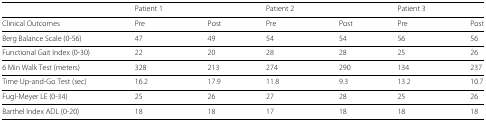
<table><thead><tr><td></td><td><b>Patient 1</b></td><td></td><td><b>Patient 2</b></td><td></td><td><b>Patient 3</b></td><td></td></tr></thead><tbody><tr><td>Clinical Outcomes</td><td>Pre</td><td>Post</td><td>Pre</td><td>Post</td><td>Pre</td><td>Post</td></tr><tr><td>Berg Balance Scale (0-56)</td><td>47</td><td>49</td><td>54</td><td>54</td><td>56</td><td>56</td></tr><tr><td>Functional Gait Index (0-30)</td><td>22</td><td>20</td><td>28</td><td>28</td><td>25</td><td>26</td></tr><tr><td>6 Min Walk Test (meters)</td><td>328</td><td>213</td><td>274</td><td>290</td><td>134</td><td>237</td></tr><tr><td>Time Up-and-Go Test (sec)</td><td>16.2</td><td>17.9</td><td>11.8</td><td>9.3</td><td>13.2</td><td>10.7</td></tr><tr><td>Fugl-Meyer LE (0-34)</td><td>25</td><td>26</td><td>27</td><td>28</td><td>25</td><td>26</td></tr><tr><td>Barthel Index ADL (0-20)</td><td>18</td><td>18</td><td>17</td><td>18</td><td>18</td><td>18</td></tr></tbody></table>